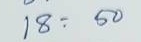
18 = 50